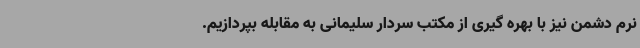
نرم دشمن نیز با بهره گیری از مکتب سردار سلیمانی به مقابله بپردازیم.